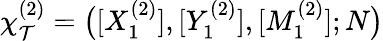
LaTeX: \chi_{\mathcal{T}}^{(2)}=\big([X_{1}^{(2)}],[Y_{1}^{(2)}],[M_{1}^{(2)}];N\big)